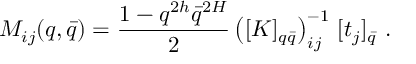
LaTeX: M _ { i j } ( q , \bar { q } ) = \frac { 1 - q ^ { 2 h } \bar { q } ^ { 2 H } } { 2 } \left( [ K ] _ { q \bar { q } } \right) _ { i j } ^ { - 1 } \, [ t _ { j } ] _ { \bar { q } } \, \, .